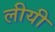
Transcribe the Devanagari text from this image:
लीयी